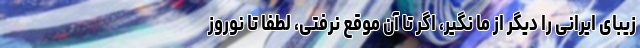
زیبای ایرانی را دیگر از ما نگیر، اگر تا آن موقع نرفتی، لطفا تا نوروز